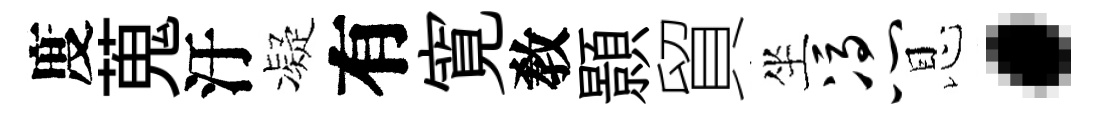
度蒐汙凝有寛敎顥貿坐凭恩·